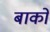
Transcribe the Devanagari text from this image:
बाको